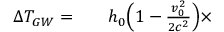
\begin{array} { r l r } { \Delta T _ { G W } = } & { { } } & { h _ { 0 } \Bigl ( 1 - \frac { v _ { 0 } ^ { 2 } } { 2 c ^ { 2 } } \Bigr ) \times } \end{array}